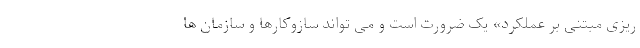
ریزی مبتنی بر عملکرد» یک ضرورت است و می تواند سازوکارها و سازمان ها